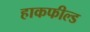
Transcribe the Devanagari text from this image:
हाकफील्ड